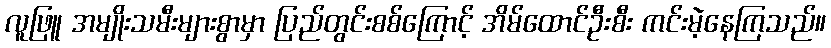
လူဖြူ အမျိုးသမီးများစွာမှာ ပြည်တွင်းစစ်ကြောင့် အိမ်ထောင်ဦးစီး ကင်းမဲ့နေကြသည်။